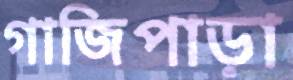
গাজিপাড়া